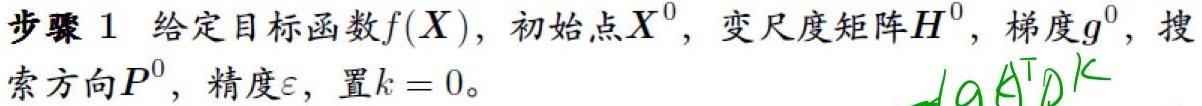
步骤 1 给定目标函数$f(X)$，初始点$X^{0}$，变尺度矩阵$H^{0}$，梯度$g^{0}$，搜索方向$P^{0}$，精度$\varepsilon$，置$k = 0$。